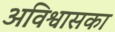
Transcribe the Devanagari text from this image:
अविश्वासका